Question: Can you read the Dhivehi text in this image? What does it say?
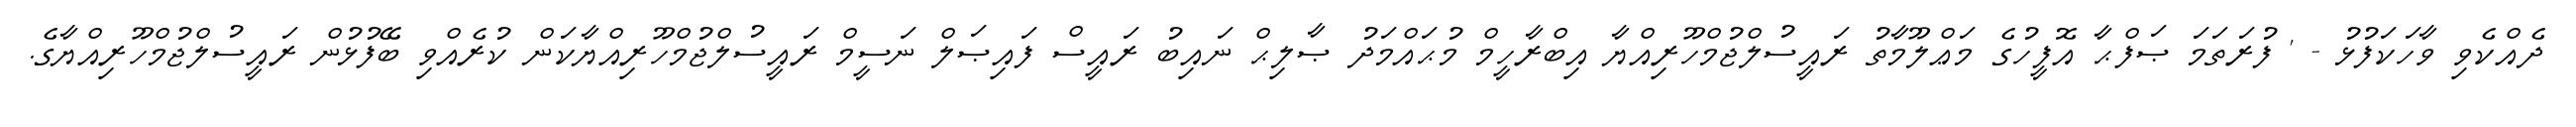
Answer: ދެއްކެވި ވާހަކަފުޅު - ' ފުރަތަމަ ޞަފްޙާ އޮފީހުގެ މަޢްލޫމާތު ރައީސުލްޖުމްހޫރިއްޔާ އިބްރާހީމް މުޙައްމަދު ޞާލިޙް ނައިބު ރައީސް ފައިޞަލް ނަސީމް ރައީސުލްޖުމްހޫރިއްޔާކަން ކުރެއްވި ބޭފުޅުން ރައީސުލްޖުމްހޫރިއްޔާގެ.